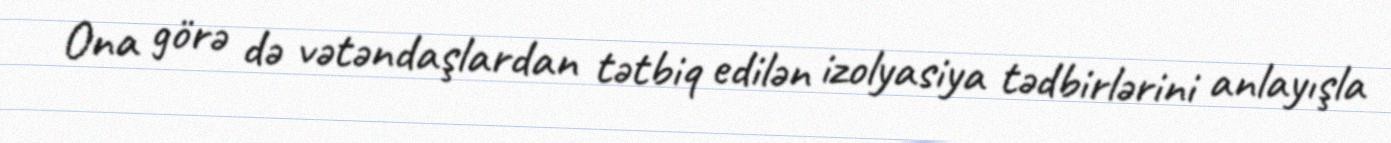
Ona görə də vətəndaşlardan tətbiq edilən izolyasiya tədbirlərini anlayışla